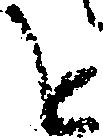
を